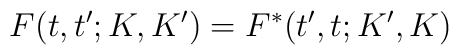
F(t,t^{\prime };K,K^{\prime })=F^{\ast }(t^{\prime },t;K^{\prime },K)